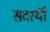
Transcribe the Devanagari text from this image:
सदस्यॊं